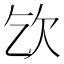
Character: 𣢆